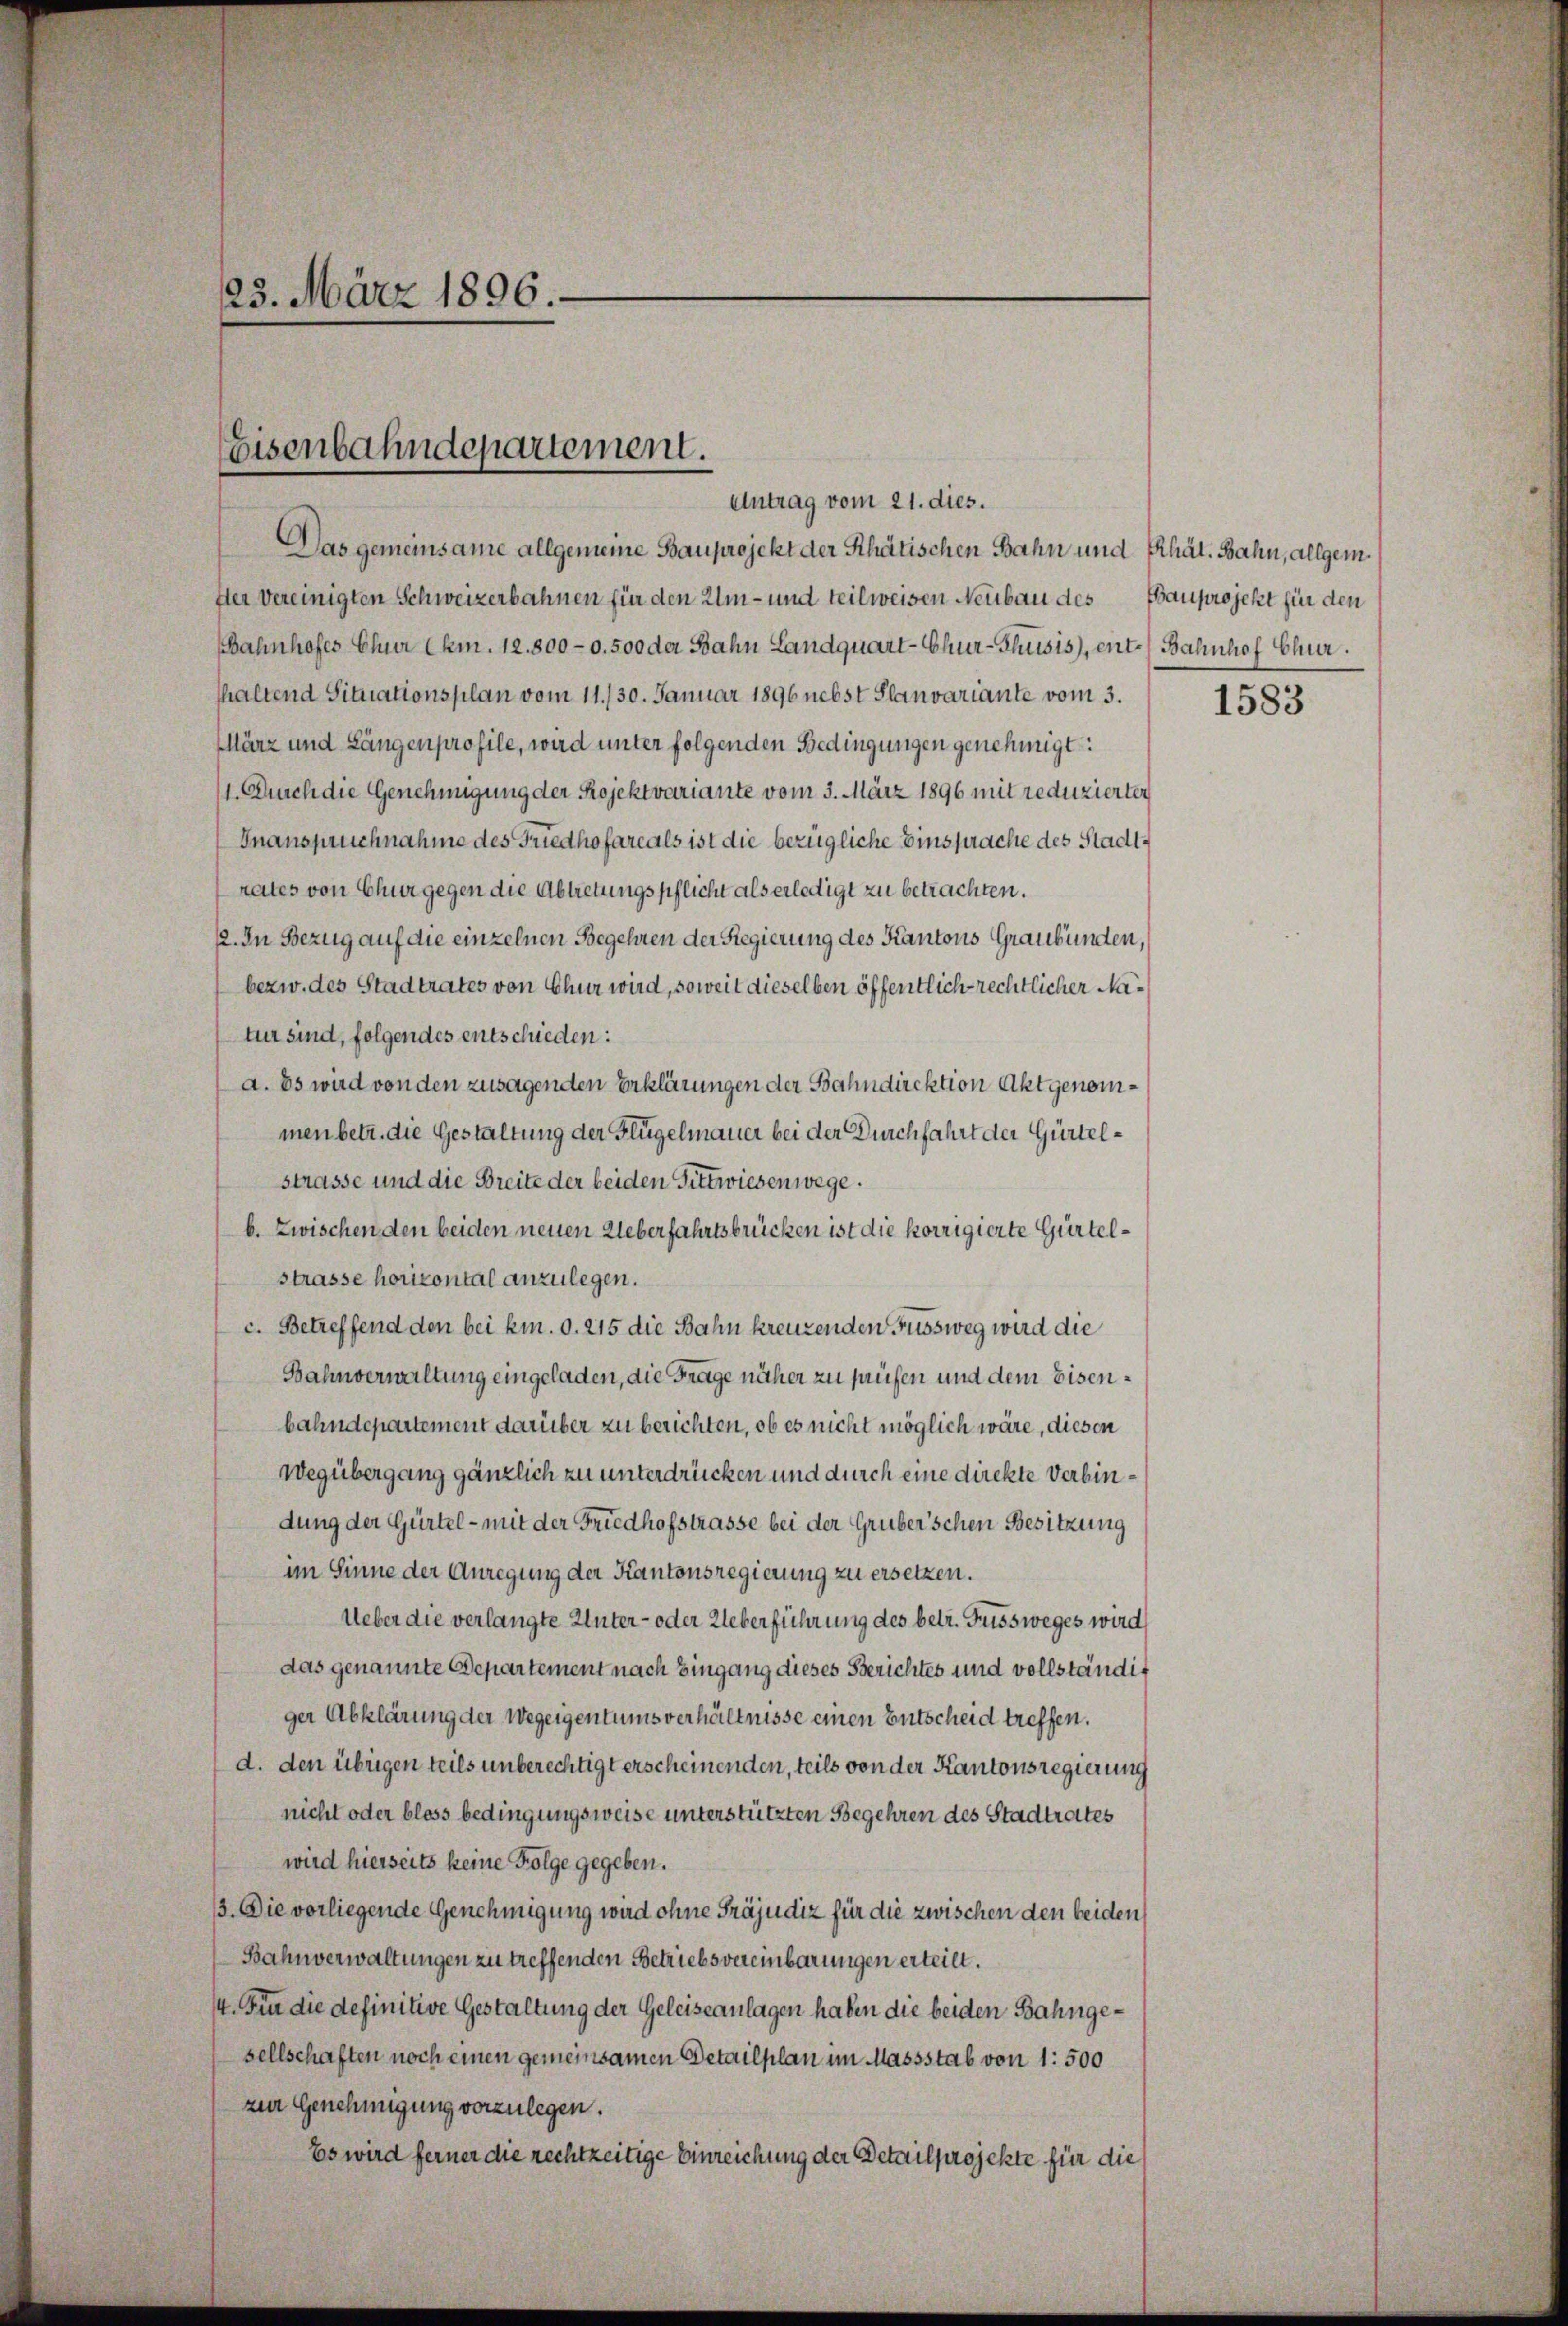
23. März 1896.

Eisenbahndepartement.
Antrag vom 21. dies.

Das gemeinsame allgemeine Bauprojekt der Rhätischen Bahn und Erhät. Bahn, allgem.
Iter vereinigten Schweizerbahnen für den Um- und teilweisen Neubau des Bauprojekt für den
Bahnhofes Chur (km. 12. 8000. 500 der Bahn Landquart-Chur-Thusis), ent-Bahnhof Chur
thaltend Situationsplan vom 11./30. Januar 1896 nebst Planvariante vom 3.
März und Längenprofile, wird unter folgenden Bedingungen genehmigt:
1. Durch die Genehmigung der Projektvariante vom 3. März 1896 mit reduzierter
Inanspruchnahme des Friedhofare als ist die bezügliche Einsprache des Stadtrates von Chur gegen die Abtretungspflicht als erledigt zu betrachten.
12. In Bezug auf die einzelnen Begehren der Regierung des Kantons Graubünden,
bezw. des Stadtrates von Chur wird, soweit dieselben öffentlich rechtlicher Natur sind, folgendes entschieden:
a. Es wird von den zusagenden Erklärungen der Bahndirektion Aktgenommen betr. die Gestaltung der Flügelmauer bei der Durchfahrt der Gürtelstrasse und die Breite der beiden Fittwiesen wege.
b. Zwischen den beiden neuen Ueberfahrtsbrücken ist die korrigierte Gürtelstrasse horizontal anzulegen.
c. Betreffend den bei km. 0. 215 die Bahn kreuzenden Fussweg wird die
Bahnverwaltung eingeladen, die Frage näher zu prüfen und dem Eisenbahndepartement darüber zu berichten, ob es nicht möglich wäre, diesen
Wegübergang gänzlich zu unterdrücken und durch eine direkte Verbindung der Gürtel - mit der Friedhofstrasse bei der Gruber’schen Besitzung
im Sinne der Anregung der Kantonsregierung zu ersetzen.
Ueber die verlangte Unter- oder Ueberführung des betr. Fussweges wird
das genannte Departement nach Eingang dieses Berichtes und vollständig
ger Abklärung der Wegeigentumsverhältnisse einen Entscheid treffen.
d. den übrigen teils unberechtigt erscheinenden, teils von der Kantonsregierung
nicht oder bloss bedingungsweise unterstützten Begehren des Stadtrates
wird hierseits keine Folge gegeben.
13. Die vorliegende Genehmigung wird ohne Präjudiz für die zwischen den beiden
Bahnverwaltungen zu treffenden Betriebsvereinbarungen erteilt.
/4. Für die definitive Gestaltung der Geleiseanlagen haben die beiden Bahngesellschaften noch einen gemeinsamen Detailplan im Massstab von 1: 500
zur Genehmigung vorzulegen.
Es wird ferner die rechtzeitige Einreichung der Detailprojekte für die

1583